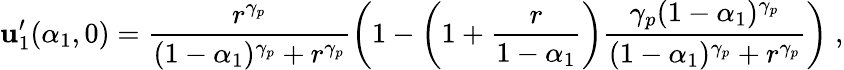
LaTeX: \mathbf{u}_{1}^{\prime}(\alpha_{1},0)=\frac{{r^{\gamma_{p}}}}{{(1-\alpha_{1})^{\gamma_{p}}+r^{\gamma_{p}}}}\left(1-\left(1+\frac{{r}}{{1-\alpha_{1}}}\right)\frac{{\gamma_{p}(1-\alpha_{1})^{\gamma_{p}}}}{{(1-\alpha_{1})^{\gamma_{p}}+r^{\gamma_{p}}}}\right)\; ,